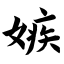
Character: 嫉